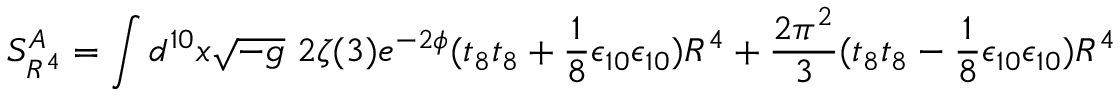
S _ { R ^ { 4 } } ^ { A } = \int d ^ { 1 0 } x \sqrt { - g } ~ 2 \zeta ( 3 ) e ^ { - 2 \phi } ( t _ { 8 } t _ { 8 } + \frac { 1 } { 8 } \epsilon _ { 1 0 } \epsilon _ { 1 0 } ) R ^ { 4 } + \frac { 2 \pi ^ { 2 } } { 3 } ( t _ { 8 } t _ { 8 } - \frac { 1 } { 8 } \epsilon _ { 1 0 } \epsilon _ { 1 0 } ) R ^ { 4 }